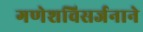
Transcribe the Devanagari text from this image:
गणेशविसर्जनाने